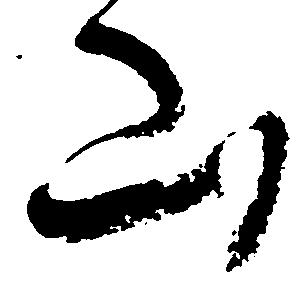
山